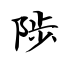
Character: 陟